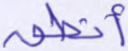
أنطق